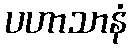
ပဟာသာနံ